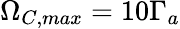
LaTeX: \Omega_{C,max}=10\Gamma_{a}